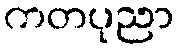
ကတပုညာ